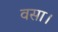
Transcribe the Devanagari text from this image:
वसा।